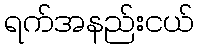
ရက်အနည်းငယ်